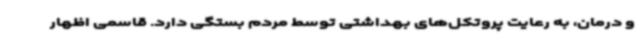
و درمان، به رعایت پروتکل‌های بهداشتی توسط مردم بستگی دارد. قاسمی اظهار